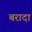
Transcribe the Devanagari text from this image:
बरादा